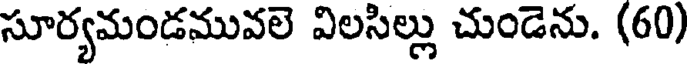
సూర్యమండమువలె విలసిల్లు చుండెను. (60)